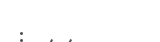
: